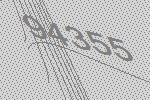
94355